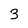
Character: 3